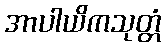
အာပါယိကသုတ္တံ